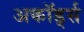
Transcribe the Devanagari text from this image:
अकॉर्ड्स